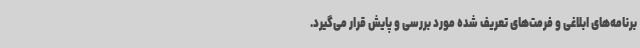
برنامه‌های ابلاغی و فرمت‌های تعریف شده مورد بررسی و پایش قرار می‌گیرد.